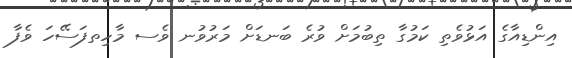
އިންޑިއާގެ އަޅުވެތި ކަމުގާ ތިބުމަށް ވުރެ ބަނޑަށް މަރުވުނ ވެސ މާހިތފަސޭހަ ވެފާ